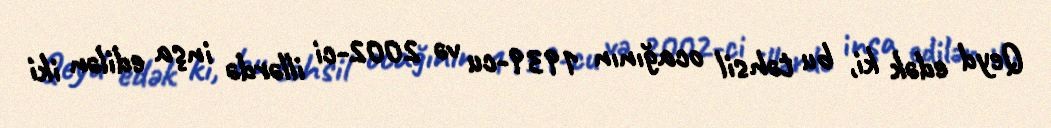
Qeyd edək ki, bu təhsil ocağının 1939-cu və 2002-ci illərdə inşa edilən iki